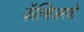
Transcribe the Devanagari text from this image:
कॅल्शिअमची